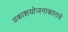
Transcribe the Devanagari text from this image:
प्रकाशयोजनाकाराचे